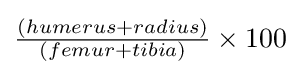
{\tfrac {(humerus+radius)}{(femur+tibia)}}\times 100